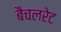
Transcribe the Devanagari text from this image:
बैचलरेट